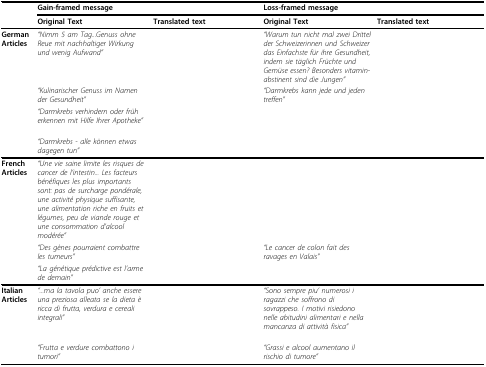
<table><thead><tr><td>[EMPTY_CELL]</td><td colspan="2"><b>Gain-framed message</b></td><td colspan="2"><b>Loss-framed message</b></td></tr><tr><td>[EMPTY_CELL]</td><td><b>Original Text</b></td><td><b>Translated text</b></td><td><b>Original Text</b></td><td><b>Translated text</b></td></tr></thead><tbody><tr><td><b>German Articles</b></td><td><i>"Nimm 5 am Tag...Genuss ohne Reue mit nachhaltiger Wirkung und wenig Aufwand"</i></td><td>[EMPTY_CELL]</td><td><i>"Warum tun nicht mal zwei Drittel der Schweizerinnen und Schweizer das Einfachste für ihre Gesundheit, indem sie täglich Früchte und Gemüse essen? Besonders vitamin-abstinent sind die Jungen"</i></td><td>[EMPTY_CELL]</td></tr><tr><td>[EMPTY_CELL]</td><td><i>"Kulinarischer Genuss im Namen der Gesundheit"</i></td><td>[EMPTY_CELL]</td><td><i>"Darmkrebs kann jede und jeden treffen"</i></td><td>[EMPTY_CELL]</td></tr><tr><td>[EMPTY_CELL]</td><td><i>"Darmkrebs verhindern oder früh erkennen mit Hilfe Ihrer Apotheke"</i></td><td>[EMPTY_CELL]</td><td>[EMPTY_CELL]</td><td>[EMPTY_CELL]</td></tr><tr><td>[EMPTY_CELL]</td><td><i>"Darmkrebs - alle können etwas dagegen tun"</i></td><td>[EMPTY_CELL]</td><td>[EMPTY_CELL]</td><td>[EMPTY_CELL]</td></tr><tr><td><b>French Articles</b></td><td><i>"Une vie saine limite les risques de cancer de l'intestin... Les facteurs bénéfiques les plus importants sont: pas de surcharge pondérale, une activité physique suffisante, une alimentation riche en fruits et légumes, peu de viande rouge et une consommation d'alcool modérée"</i></td><td>[EMPTY_CELL]</td><td><i>"Les Suisses et les Suissesses boudent les fruits et les légumes...</i><i>Seulement 18% des Suisses mangent les cinq portions recommandées quotidiennement"</i></td><td>[EMPTY_CELL]</td></tr><tr><td>[EMPTY_CELL]</td><td><i>"Des gènes pourraient combattre les tumeurs"</i></td><td>[EMPTY_CELL]</td><td><i>"Le cancer de colon fait des ravages en Valais"</i></td><td>[EMPTY_CELL]</td></tr><tr><td>[EMPTY_CELL]</td><td><i>"La génétique prédictive est l'arme de demain"</i></td><td>[EMPTY_CELL]</td><td>[EMPTY_CELL]</td><td>[EMPTY_CELL]</td></tr><tr><td><b>Italian Articles</b></td><td><i>"...ma la tavola puo' anche essere una preziosa alleata se la dieta è ricca di frutta, verdura e cereali integrali"</i></td><td>[EMPTY_CELL]</td><td><i>"Sono sempre piu' numerosi i ragazzi che soffrono di sovrappeso. I motivi risiedono nelle abitudini alimentari e nella mancanza di attività fisica"</i></td><td>[EMPTY_CELL]</td></tr><tr><td>[EMPTY_CELL]</td><td><i>"Frutta e verdure combattono i tumori"</i></td><td>[EMPTY_CELL]</td><td><i>"Grassi e alcool aumentano il rischio di tumore"</i></td><td>[EMPTY_CELL]</td></tr></tbody></table>